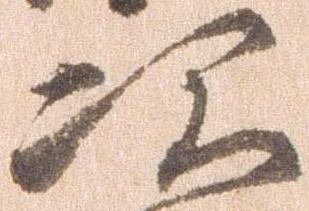
次